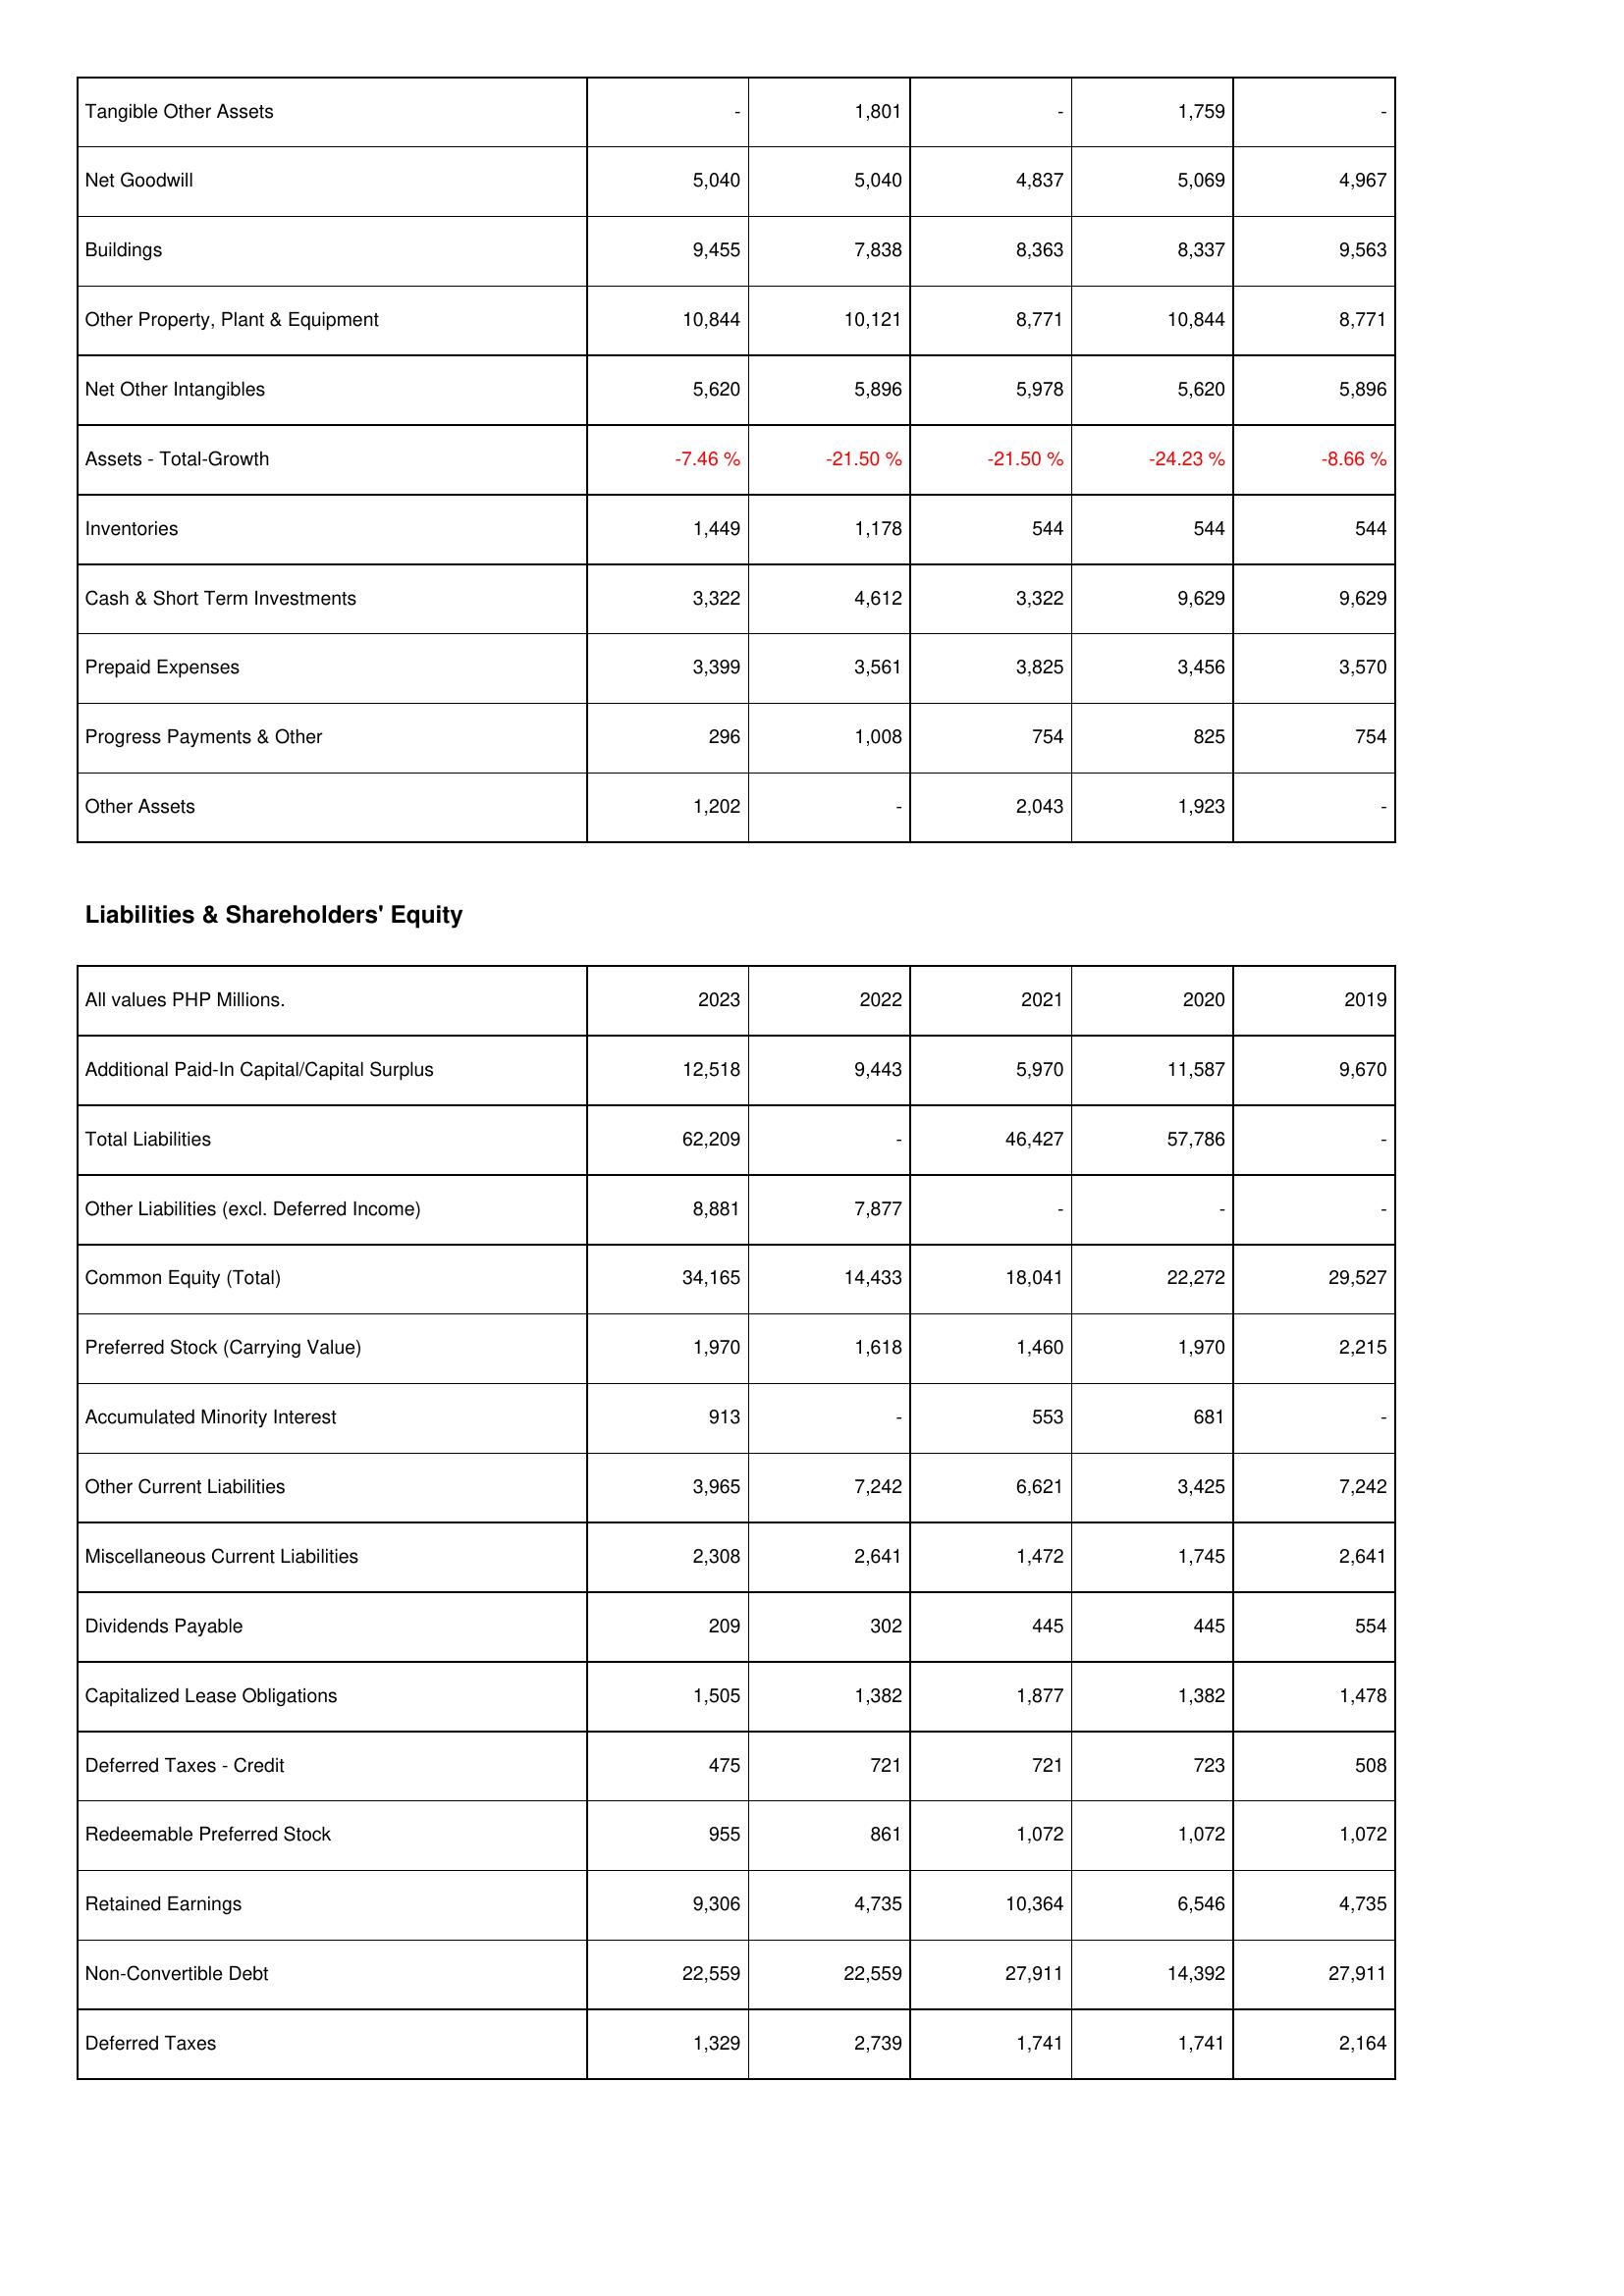
2023: Assets: Tangible Other Assets: -
Net Goodwill: 5,040
Buildings: 9,455
Other Property, Plant & Equipment: 10,844
Net Other Intangibles: 5,620
Assets - Total-Growth: -7.46 %
Inventories: 1,449
Cash & Short Term Investments: 3,322
Prepaid Expenses: 3,399
Progress Payments & Other: 296
Other Assets: 1,202
Liabilities & Shareholders' Equity: Additional Paid-In Capital/Capital Surplus: 12,518
Total Liabilities: 62,209
Other Liabilities (excl. Deferred Income): 8,881
Common Equity (Total): 34,165
Preferred Stock (Carrying Value): 1,970
Accumulated Minority Interest: 913
Other Current Liabilities: 3,965
Miscellaneous Current Liabilities: 2,308
Dividends Payable: 209
Capitalized Lease Obligations: 1,505
Deferred Taxes - Credit: 475
Redeemable Preferred Stock: 955
Retained Earnings: 9,306
Non-Convertible Debt: 22,559
Deferred Taxes: 1,329
2022: Assets: Tangible Other Assets: 1,801
Net Goodwill: 5,040
Buildings: 7,838
Other Property, Plant & Equipment: 10,121
Net Other Intangibles: 5,896
Assets - Total-Growth: -21.50 %
Inventories: 1,178
Cash & Short Term Investments: 4,612
Prepaid Expenses: 3,561
Progress Payments & Other: 1,008
Other Assets: -
Liabilities & Shareholders' Equity: Additional Paid-In Capital/Capital Surplus: 9,443
Total Liabilities: -
Other Liabilities (excl. Deferred Income): 7,877
Common Equity (Total): 14,433
Preferred Stock (Carrying Value): 1,618
Accumulated Minority Interest: -
Other Current Liabilities: 7,242
Miscellaneous Current Liabilities: 2,641
Dividends Payable: 302
Capitalized Lease Obligations: 1,382
Deferred Taxes - Credit: 721
Redeemable Preferred Stock: 861
Retained Earnings: 4,735
Non-Convertible Debt: 22,559
Deferred Taxes: 2,739
2021: Assets: Tangible Other Assets: -
Net Goodwill: 4,837
Buildings: 8,363
Other Property, Plant & Equipment: 8,771
Net Other Intangibles: 5,978
Assets - Total-Growth: -21.50 %
Inventories: 544
Cash & Short Term Investments: 3,322
Prepaid Expenses: 3,825
Progress Payments & Other: 754
Other Assets: 2,043
Liabilities & Shareholders' Equity: Additional Paid-In Capital/Capital Surplus: 5,970
Total Liabilities: 46,427
Other Liabilities (excl. Deferred Income): -
Common Equity (Total): 18,041
Preferred Stock (Carrying Value): 1,460
Accumulated Minority Interest: 553
Other Current Liabilities: 6,621
Miscellaneous Current Liabilities: 1,472
Dividends Payable: 445
Capitalized Lease Obligations: 1,877
Deferred Taxes - Credit: 721
Redeemable Preferred Stock: 1,072
Retained Earnings: 10,364
Non-Convertible Debt: 27,911
Deferred Taxes: 1,741
2020: Assets: Tangible Other Assets: 1,759
Net Goodwill: 5,069
Buildings: 8,337
Other Property, Plant & Equipment: 10,844
Net Other Intangibles: 5,620
Assets - Total-Growth: -24.23 %
Inventories: 544
Cash & Short Term Investments: 9,629
Prepaid Expenses: 3,456
Progress Payments & Other: 825
Other Assets: 1,923
Liabilities & Shareholders' Equity: Additional Paid-In Capital/Capital Surplus: 11,587
Total Liabilities: 57,786
Other Liabilities (excl. Deferred Income): -
Common Equity (Total): 22,272
Preferred Stock (Carrying Value): 1,970
Accumulated Minority Interest: 681
Other Current Liabilities: 3,425
Miscellaneous Current Liabilities: 1,745
Dividends Payable: 445
Capitalized Lease Obligations: 1,382
Deferred Taxes - Credit: 723
Redeemable Preferred Stock: 1,072
Retained Earnings: 6,546
Non-Convertible Debt: 14,392
Deferred Taxes: 1,741
2019: Assets: Tangible Other Assets: -
Net Goodwill: 4,967
Buildings: 9,563
Other Property, Plant & Equipment: 8,771
Net Other Intangibles: 5,896
Assets - Total-Growth: -8.66 %
Inventories: 544
Cash & Short Term Investments: 9,629
Prepaid Expenses: 3,570
Progress Payments & Other: 754
Other Assets: -
Liabilities & Shareholders' Equity: Additional Paid-In Capital/Capital Surplus: 9,670
Total Liabilities: -
Other Liabilities (excl. Deferred Income): -
Common Equity (Total): 29,527
Preferred Stock (Carrying Value): 2,215
Accumulated Minority Interest: -
Other Current Liabilities: 7,242
Miscellaneous Current Liabilities: 2,641
Dividends Payable: 554
Capitalized Lease Obligations: 1,478
Deferred Taxes - Credit: 508
Redeemable Preferred Stock: 1,072
Retained Earnings: 4,735
Non-Convertible Debt: 27,911
Deferred Taxes: 2,164